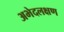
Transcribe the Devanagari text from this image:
अभेदलक्षण